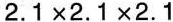
2.1×2.1×2.1